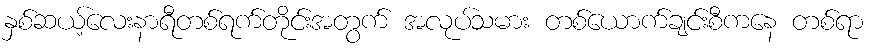
နှစ်ဆယ့်လေးနာရီတစ်ရက်တိုင်းအတွက် အလုပ်သမား တစ်ယောက်ချင်းစီကနေ တစ်ရာ